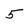
Character: 5